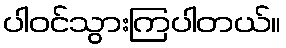
ပါဝင်သွားကြပါတယ်။